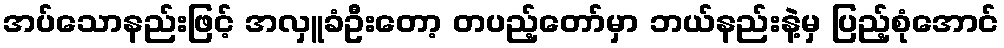
အပ်သောနည်းဖြင့် အလှူခံဦးတော့ တပည့်တော်မှာ ဘယ်နည်းနဲ့မှ ပြည့်စုံအောင်